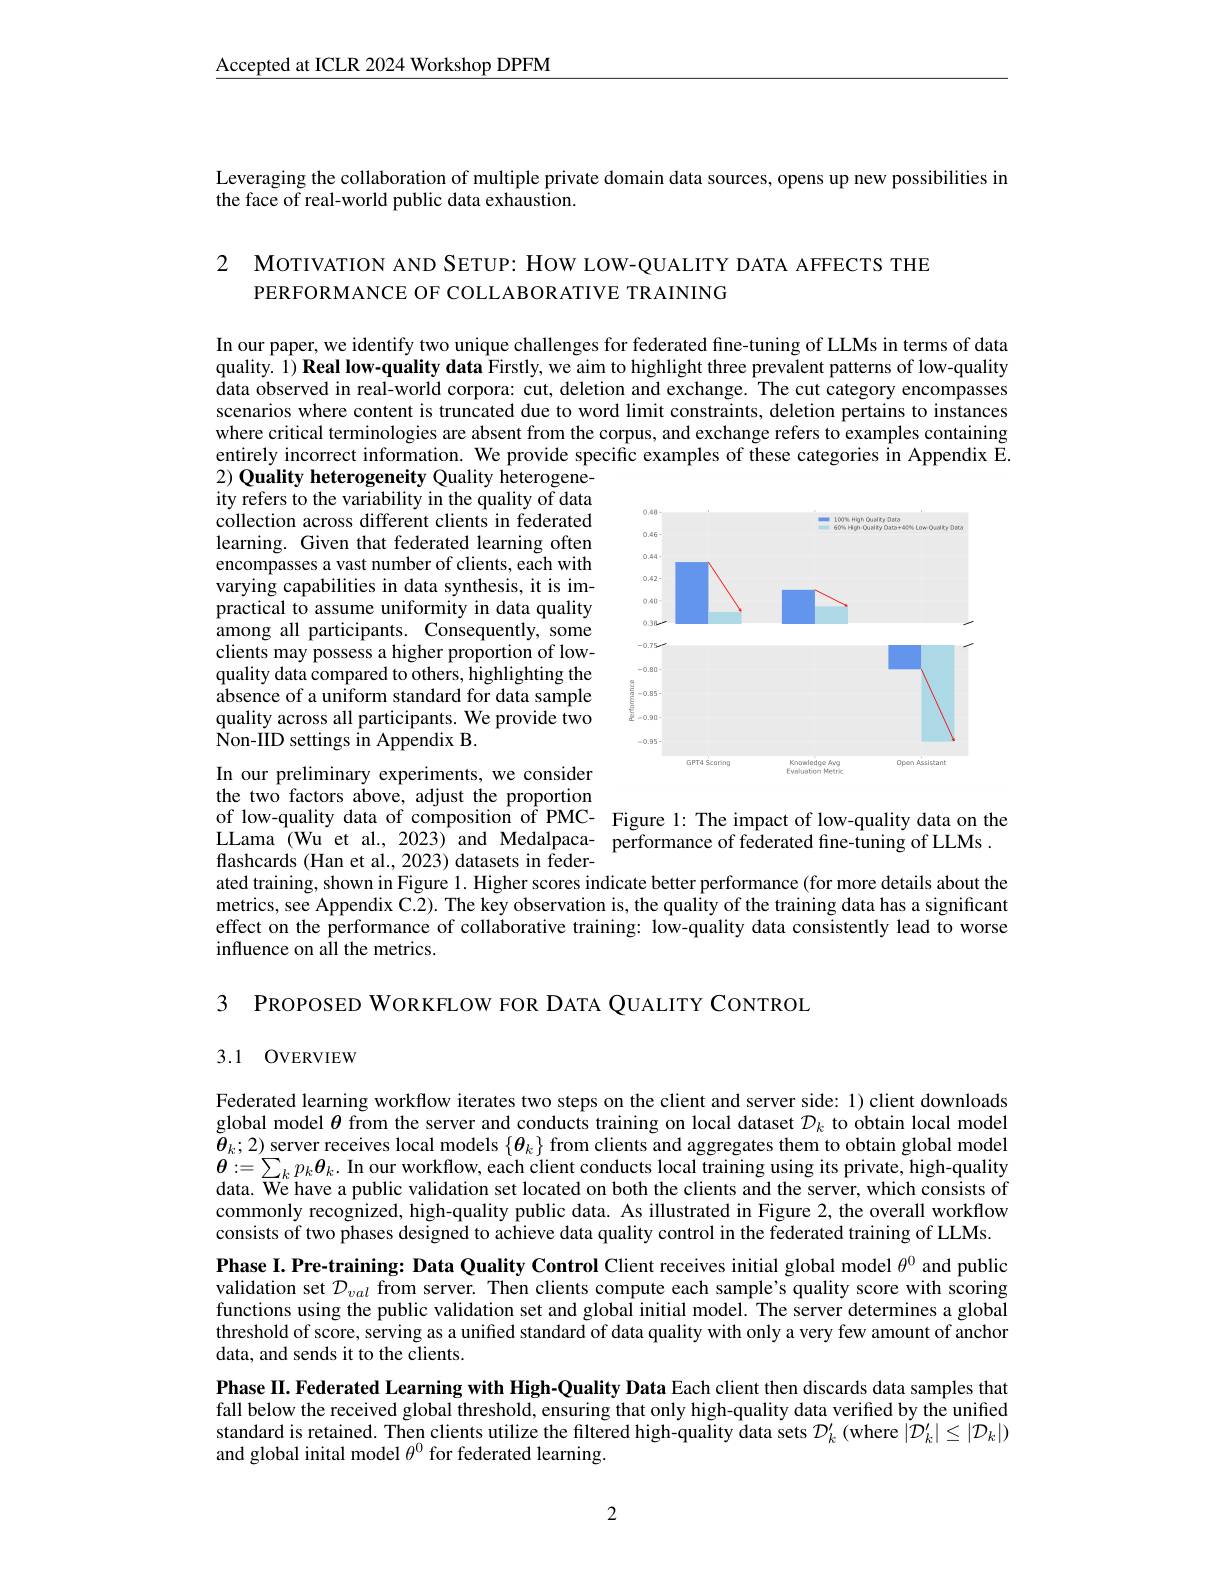
$\underline{\text{Accepted at ICLR 2024 Workshop DPFM}}$

Leveraging the collaboration of multiple private domain data sources, opens up new possibilities in
the face of real-world public data exhaustion.

2 MoтIVATION AND SETUP: HOW LOW-QUALITY DATA AFFECTS THE
PERFORMANCE OF COLLABORATIVE TRAINING

In our paper, we identify two unique challenges for federated fine-tuning of LLMs in terms of data quality. 1) Real low-quality data Firstly, we aim to highlight three prevalent patterns of low-quality data observed in real-world corpora: cut, deletion and exchange. The cut category encompasses scenarios where content is truncated due to word limit constraints, deletion pertains to instances where critical terminologies are absent from the corpus, and exchange refers to examples containing entirely incorrect information. We provide specific examples of these categories in Appendix E. 2) Quality heterogeneity Quality heterogene-

ity refers to the variability in the quality of data collection across different clients in federated learning. Given that federated learning often encompasses a vast number of clients, each with varying capabilities in data synthesis, it is impractical to assume uniformity in data quality among all participants. Consequently, some clients may possess a higher proportion of lowquality data compared to others, highlighting the absence of a uniform standard for data sample quality across all participants. We provide two $\hat{\mathrm{Non-IID~settings~in~Appendix~B.}}$

<FigureHere>

In our preliminary experiments, we consider

the two factors above, adjust the proportion

of low-quality data of composition of PMC- Figure l: The impact of low-quality data on the LLama (Wu et al., 2023) and Medalpaca- performance of federated fine-tuning of LLMs .

flashcards (Han et al., 2023) datasets in feder-
ated training, shown in Figure 1. Higher scores indicate better performance (for more details about the metrics, see Appendix C.2). The key observation is, the quality of the training data has a significant effect on the performance of collaborative training: low-quality data consistently lead to worse influence on all the metrics.

3 PROPOSED WORKFLOW FOR DATA QUALITY CONTROL

## 3.1 OVERVIEW

Federated learning workflow iterates two steps on the client and server side: 1) client downloads global model $\theta$ from the server and conducts training on local dataset $\mathcal{D}_k$ to obtain local model $\tilde{\boldsymbol{\theta }} _k; 2)$ server receives local models $\{ \boldsymbol{\theta }_k\}$ from clients and aggregates them to obtain global model server receives local models $\{ \boldsymbol{\theta }_k\}$ from clients and aggregates them to obtain global mod $\text{ a}_k, \text{ a}_k, \text{ a}_k, \text{ a}_k$, and a a b a $\boldsymbol{\theta}:=\sum_kp_k\boldsymbol{\theta}_k.$ In our workflow, each client conducts local training using its private, high-quality data. $\overline{\text{We have a public validation set located on both the clients and the server, which consists of}}$ commonly recognized, high-quality public data. As illustrated in Figure 2, the overall workflow consists of two phases designed to achieve data quality control in the federated training of LLMs. Phase I. Pre-training: Data Quality Control Client receives initial global model $\theta^{0}$ and public validation set $\mathcal{D}_{val}$ from server. Then clients compute each sample's quality score with scoring functions using the public validation set and global initial model. The server determines a global threshold of score, serving as a unified standard of data quality with only a very few amount of anchor data, and sends it to the clients.
Phase II. Federated Learning with High-Quality Data Each client then discards data samples that fall below the received global threshold, ensuring that only high-quality data verified by the unified standard is retained. Then clients utilize the filtered high-quality data sets $\mathcal{D}_k^{\prime}\left(\mathrm{where~}|\dot{\mathcal{D}}_k^{\prime}|\leq|\mathcal{D}_k|\right)$ and global inital model $\theta^0$ for federated learning.

2